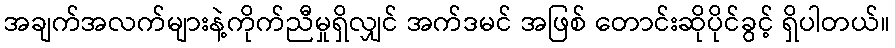
အချက်အလက်များနဲ့ကိုက်ညီမှုရှိလျှင် အက်ဒမင် အဖြစ် တောင်းဆိုပိုင်ခွင့် ရှိပါတယ်။